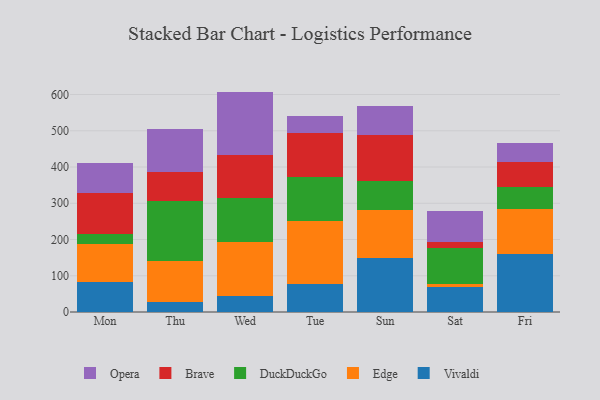
{"axis": {"x": "Day", "y": "Backlog"}, "legend": ["Brave", "DuckDuckGo", "Edge", "Opera", "Vivaldi"], "data": [{"x": "Mon", "y": 82.0, "type": "Vivaldi"}, {"x": "Mon", "y": 104.6, "type": "Edge"}, {"x": "Mon", "y": 27.9, "type": "DuckDuckGo"}, {"x": "Mon", "y": 113.8, "type": "Brave"}, {"x": "Mon", "y": 83.6, "type": "Opera"}, {"x": "Thu", "y": 26.9, "type": "Vivaldi"}, {"x": "Thu", "y": 112.9, "type": "Edge"}, {"x": "Thu", "y": 165.8, "type": "DuckDuckGo"}, {"x": "Thu", "y": 79.9, "type": "Brave"}, {"x": "Thu", "y": 120.1, "type": "Opera"}, {"x": "Wed", "y": 44.4, "type": "Vivaldi"}, {"x": "Wed", "y": 149.8, "type": "Edge"}, {"x": "Wed", "y": 120.8, "type": "DuckDuckGo"}, {"x": "Wed", "y": 117.0, "type": "Brave"}, {"x": "Wed", "y": 176.0, "type": "Opera"}, {"x": "Tue", "y": 75.9, "type": "Vivaldi"}, {"x": "Tue", "y": 174.9, "type": "Edge"}, {"x": "Tue", "y": 122.1, "type": "DuckDuckGo"}, {"x": "Tue", "y": 121.1, "type": "Brave"}, {"x": "Tue", "y": 48.0, "type": "Opera"}, {"x": "Sun", "y": 148.0, "type": "Vivaldi"}, {"x": "Sun", "y": 133.0, "type": "Edge"}, {"x": "Sun", "y": 80.8, "type": "DuckDuckGo"}, {"x": "Sun", "y": 127.6, "type": "Brave"}, {"x": "Sun", "y": 78.7, "type": "Opera"}, {"x": "Sat", "y": 69.8, "type": "Vivaldi"}, {"x": "Sat", "y": 6.5, "type": "Edge"}, {"x": "Sat", "y": 100.2, "type": "DuckDuckGo"}, {"x": "Sat", "y": 17.0, "type": "Brave"}, {"x": "Sat", "y": 85.4, "type": "Opera"}, {"x": "Fri", "y": 158.7, "type": "Vivaldi"}, {"x": "Fri", "y": 126.1, "type": "Edge"}, {"x": "Fri", "y": 60.9, "type": "DuckDuckGo"}, {"x": "Fri", "y": 68.7, "type": "Brave"}, {"x": "Fri", "y": 51.6, "type": "Opera"}]}